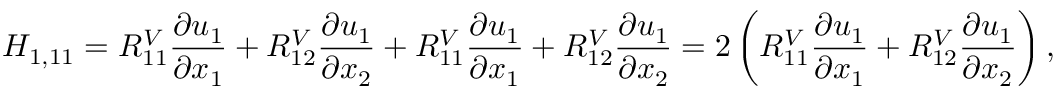
H _ { 1 , 1 1 } = R _ { 1 1 } ^ { V } \frac { \partial u _ { 1 } } { \partial x _ { 1 } } + R _ { 1 2 } ^ { V } \frac { \partial u _ { 1 } } { \partial x _ { 2 } } + R _ { 1 1 } ^ { V } \frac { \partial u _ { 1 } } { \partial x _ { 1 } } + R _ { 1 2 } ^ { V } \frac { \partial u _ { 1 } } { \partial x _ { 2 } } = 2 \left( R _ { 1 1 } ^ { V } \frac { \partial u _ { 1 } } { \partial x _ { 1 } } + R _ { 1 2 } ^ { V } \frac { \partial u _ { 1 } } { \partial x _ { 2 } } \right) ,